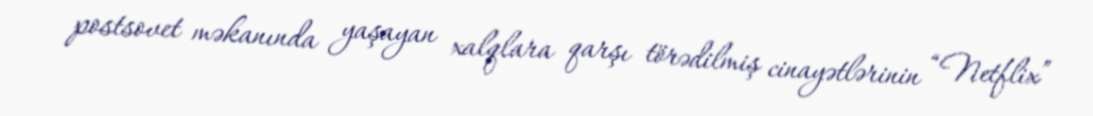
postsovet məkanında yaşayan xalqlara qarşı törədilmiş cinayətlərinin “Netflix”